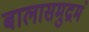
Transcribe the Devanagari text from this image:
बालासमुद्रमं